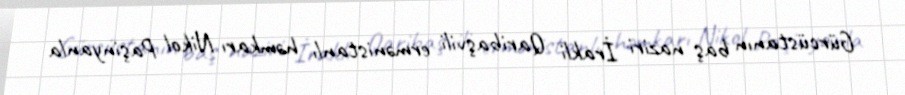
Gürcüstanın baş naziri İrakli Qaribaşvili ermənistanlı həmkarı Nikol Paşinyanla